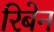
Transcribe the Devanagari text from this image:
रिबेन